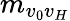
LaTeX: m_{v_{0}v_{H}}